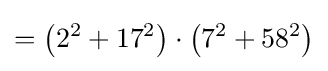
=\left(2^{2}+17^{2}\right)\cdot \left(7^{2}+58^{2}\right)